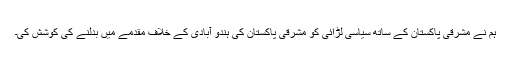
ہم نے مشرقی پاکستان کے ساتھ سیاسی لڑائی کو مشرقی پاکستان کی ہندو آبادی کے خلاف مقدمے میں بدلنے کی کوشش کی۔